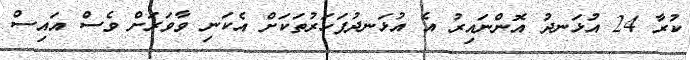
ކުރާ 24 އުޅަނދު އޮންނައިރު އެ އުޅަނދުފަހަރުތަކަށް އެކަނި ވާވަރަށް ވެސް އައިސް